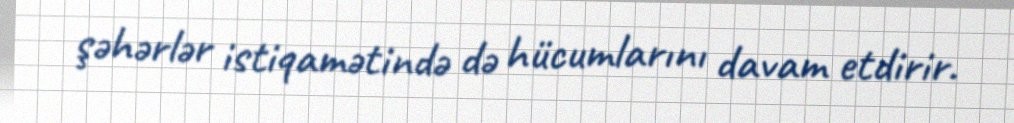
şəhərlər istiqamətində də hücumlarını davam etdirir.